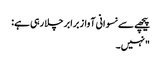
پیچھے سے نسوانی آواز برابر چلا رہی ہے:
"نہیں۔